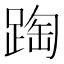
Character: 𨂆